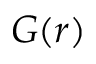
G ( r )